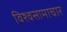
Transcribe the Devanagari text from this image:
विश्वसामाचार